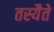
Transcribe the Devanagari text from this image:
तस्यैते